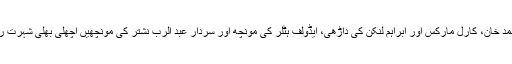
سر سید احمد خان، کارل مارکس اور ابراہم لنکن کی داڑھی، ایڈولف ہٹلر کی مونچھ اور سردار عبد الرب نشتر کی مونچھیں اچھلی بھلی شہرت رکھتی ہیں۔